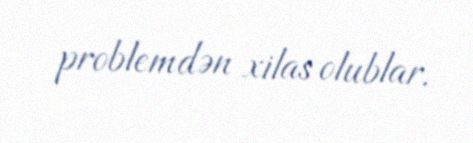
problemdən xilas olublar.